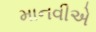
માનવીએ